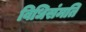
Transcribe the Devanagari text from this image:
विधिसंमति